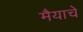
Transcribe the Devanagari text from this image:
मैयाचे